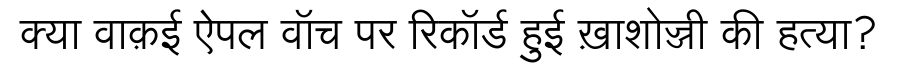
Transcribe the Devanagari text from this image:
क्या वाक़ई ऐपल वॉच पर रिकॉर्ड हुई ख़ाशोज्जी की हत्या?